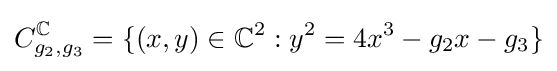
C_{g_{2},g_{3}}^{\mathbb {C} }=\{(x,y)\in \mathbb {C} ^{2}:y^{2}=4x^{3}-g_{2}x-g_{3}\}